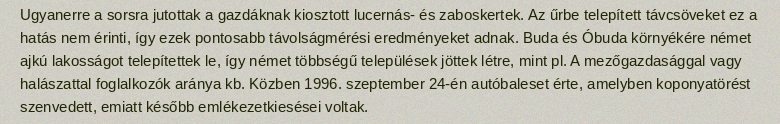
Ugyanerre a sorsra jutottak a gazdáknak kiosztott lucernás- és zaboskertek. Az űrbe telepített távcsöveket ez a hatás nem érinti, így ezek pontosabb távolságmérési eredményeket adnak. Buda és Óbuda környékére német ajkú lakosságot telepítettek le, így német többségű települések jöttek létre, mint pl. A mezőgazdasággal vagy halászattal foglalkozók aránya kb. Közben 1996. szeptember 24-én autóbaleset érte, amelyben koponyatörést szenvedett, emiatt később emlékezetkiesései voltak.